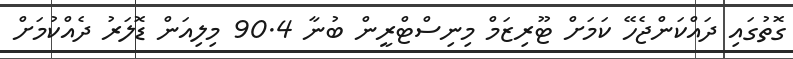
ގޮތުގައި ދައްކަންޖެހޭ ކަމަށް ޓޫރިޒަމް މިނިސްޓްރީން ބުނާ 90.4 މިލިއަން ޑޮލަރު ދެއްކުމަށް